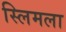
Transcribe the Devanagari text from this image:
स्लिमला